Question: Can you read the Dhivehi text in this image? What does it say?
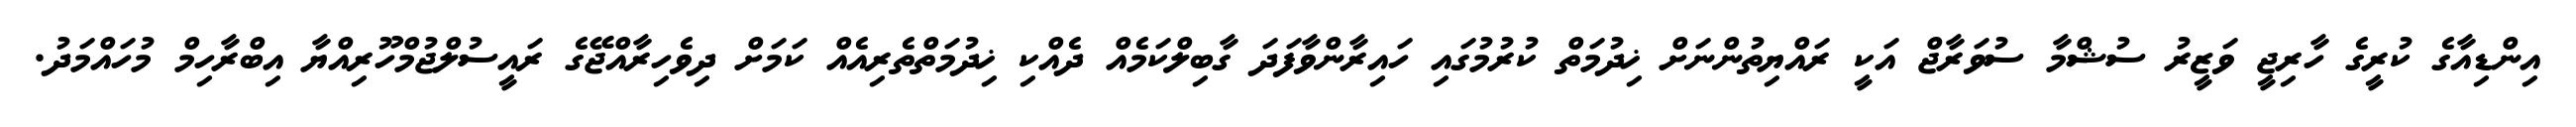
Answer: އިންޑިއާގެ ކުރީގެ ހާރިޖީ ވަޒީރު ސުޝްމާ ސުވަރާޖް އަކީ ރައްޔިތުންނަށް ޚިދުމަތް ކުރުމުގައި ހައިރާންވާފަދަ ގާބިލްކަމެއް ދެއްކި ޚިދުމަތްތެރިއެއް ކަމަށް ދިވެހިރާއްޖޭގެ ރައީސުލްޖުމްހޫރިއްޔާ އިބްރާހިމް މުހައްމަދު.